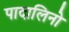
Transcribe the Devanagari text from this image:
पादालिनो